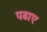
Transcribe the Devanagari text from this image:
पढाए